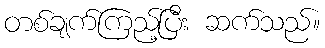
တစ်ချက်ကြည့်ပြီး ဆက်သည်။